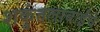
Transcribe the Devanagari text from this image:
शकुंतलाबाईंचे